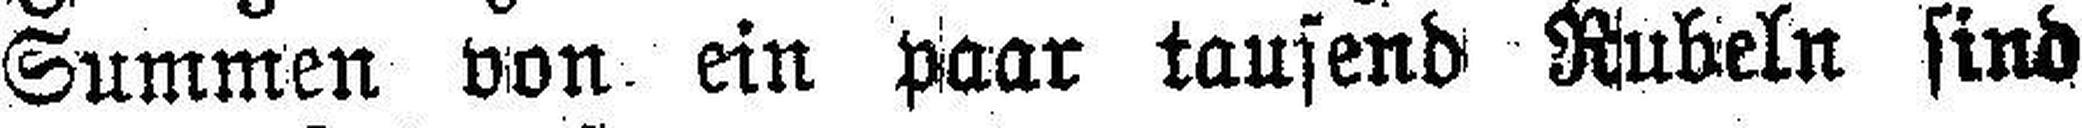
Summen von ein paar tausend Rubeln sind